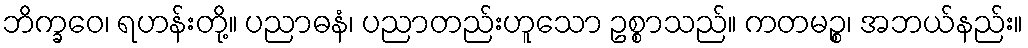
ဘိက္ခဝေ၊ ရဟန်းတို့။ ပညာဓနံ၊ ပညာတည်းဟူသော ဥစ္စာသည်။ ကတမဉ္စ၊ အဘယ်နည်း။